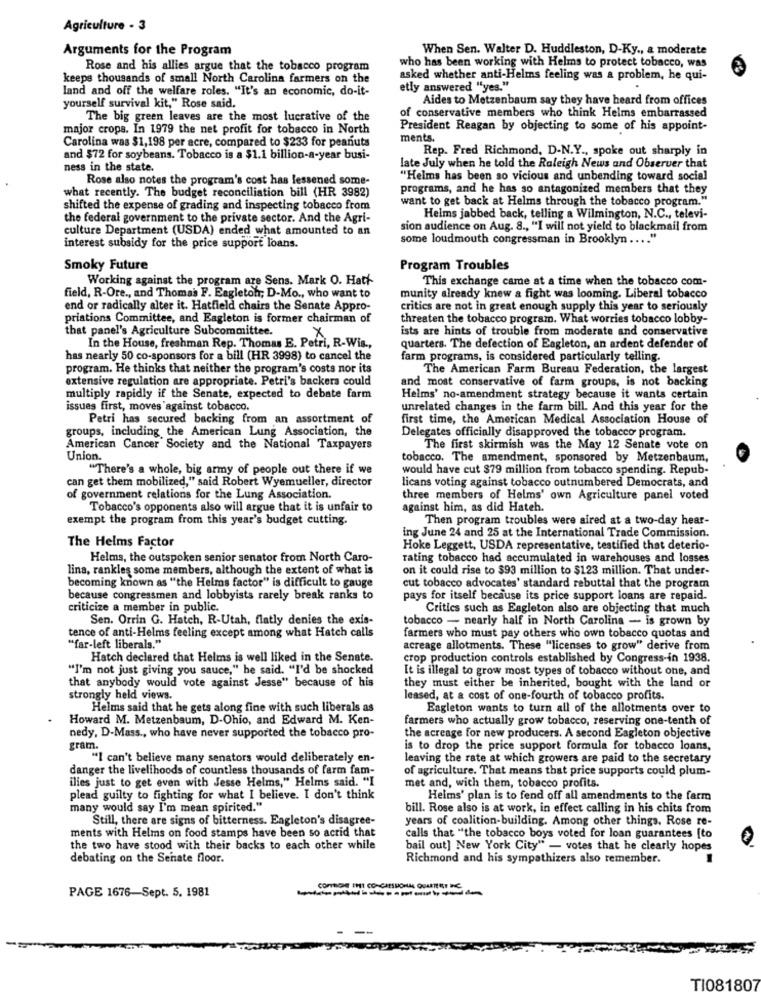
Agriculture - 3
Arguments for the Program
When Sen. Walter D. Huddleston, D-Ky ., a moderate
who has been working with Helms to protect tobacco, was
Rose and his allies argue that the tobacco program
keeps thousands of small North Carolina farmers on the
asked whether anti-Helms feeling was a problem, he qui-
land and off the welfare roles. "It's an economic, do-it-
etly answered "yes."
Aides to Metzenbaum say they have heard from offices
yourself survival kit," Rose said.
The big green leaves are the most lucrative of the
of conservative members who think Helms embarrassed
major crops. In 1979 the net profit for tobacco in North
President Reagan by objecting to some of his appoint-
Carolina was $1,198 per acre, compared to $233 for peanuts
ments.
Rep. Fred Richmond, D-N.Y ., spoke out sharply in
and $72 for soybeans. Tobacco is a $1.1 billion-a-year busi-
ness in the state.
late July when he told the Raleigh News and Observer that
Rose also notes the program's cost has lessened some-
"Helms has been so vicious and unbending toward social
what recently. The budget reconciliation bill (HR 3982)
programs, and he has so antagonized members that they
want to get back at Helms through the tobacco program."
shifted the expense of grading and inspecting tobacco from
the federal government to the private sector. And the Agri-
Helms jabbed back, telling a Wilmington, N.C ., televi-
culture Department (USDA) ended what amounted to an
sion audience on Aug. 8 ., "I will not yield to blackmail from
some loudmouth congressman in Brooklyn .... "
interest subsidy for the price support loans.
Smoky Future
Program Troubles
Working against the program are Sens. Mark O. Hatt
This exchange came at a time when the tobacco com-
field, R-Ore ., and Thomas F. Eagleton; D-Mo ., who want to
munity already knew a fight was looming. Liberal tobacco
end or radically alter it. Hatfield chairs the Senate Appro-
critics are not in great enough supply this year to seriously
priations Committee, and Eagleton is former chairman of
threaten the tobacco program. What worries tobacco lobby-
that panel's Agriculture Subcommittee.
ists are hints of trouble from moderate and conservative
.X
In the House, freshman Rep. Thomas E. Petri, R-Wis .,
quarters. The defection of Eagleton, an ardent defender of
has nearly 50 co-sponsors for a bill (HR 3998) to cancel the
farm programs, is considered particularly telling.
program. He thinks that neither the program's costs nor its
The American Farm Bureau Federation, the largest
extensive regulation are appropriate. Petri's backers could
and most conservative of farm groups, is not backing
multiply rapidly if the Senate, expected to debate farm
Helms' no-amendment strategy because it wants certain
issues first, moves against tobacco.
unrelated changes in the farm bill. And this year for the
Petri has secured backing from an assortment of
first time, the American Medical Association House of
groups, including the American Lung Association, the
Delegates officially disapproved the tobacco program.
American Cancer Society and the National Taxpayers
The first skirmish was the May 12 Senate vote on
Union.
tobacco. The amendment, sponsored by Metzenbaum,
"There's a whole, big army of people out there if we
would have cut $79 million from tobacco spending. Repub-
can get them mobilized," said Robert Wyemueller, director
licans voting against tobacco outnumbered Democrats, and
of government relations for the Lung Association.
three members of Helms' own Agriculture panel voted
Tobacco's opponents also will argue that it is unfair to
against him, as did Hateh.
exempt the program from this year's budget cutting.
Then program troubles were aired at a two-day hear-
The Helms Factor
ing June 24 and 25 at the International Trade Commission.
Hoke Leggett, USDA representative, testified that deterio-
Helms, the outspoken senior senator from North Caro-
rating tobacco had accumulated in warehouses and losses
lina, rankles some members, although the extent of what is
on it could rise to $93 million to $123 million. That under-
becoming known as "the Helms factor" is difficult to gauge
cut tobacco advocates' standard rebuttal that the program
because congressmen and lobbyists rarely break ranks to
pays for itself because its price support loans are repaid.
criticize a member in public.
Critics such as Eagleton also are objecting that much
Sen. Orrin G. Hatch, R-Utah, flatly denies the exis-
tobacco - nearly half in North Carolina - is grown by
tence of anti-Helms feeling except among what Hatch calls
farmers who must pay others who own tobacco quotas and
"far-left liberals."
acreage allotments. These "licenses to grow" derive from
Hatch declared that Helms is well liked in the Senate.
crop production controls established by Congress-in 1938.
"I'm not just giving you sauce," he said. "I'd be shocked
It is illegal to grow most types of tobacco without one, and
that anybody would vote against Jesse" because of his
they must either be inherited, bought with the land or
strongly held views.
leased, at a cost of one-fourth of tobacco profits.
Helms said that he gets along fine with such liberals as
Eagleton wants to turn all of the allotments over to
Howard M. Metzenbaum, D-Ohio, and Edward M. Ken-
farmers who actually grow tobacco, reserving one-tenth of
nedy, D-Mass ., who have never supported the tobacco pro-
the acreage for new producers. A second Eagleton objective
gram.
is to drop the price support formula for tobacco loans,
"I can't believe many senators would deliberately en-
leaving the rate at which growers are paid to the secretary
danger the livelihoods of countless thousands of farm fam-
of agriculture. That means that price supports could plum-
ilies just to get even with Jesse Helms," Helms said. "I
met and, with them, tobacco profits.
plead guilty to fighting for what I believe. I don't think
Heims' plan is to fend off all amendments to the farm
many would say I'm mean spirited."
bill. Rose also is at work, in effect calling in his chits from
Still, there are signs of bitterness. Eagleton's disagree-
years of coalition-building. Among other things. Rose re-
ments with Helms on food stamps have been so acrid that
calls that "the tobacco boys voted for loan guarantees [to
the two have stood with their backs to each other while
bail out] New York City" _ votes that he clearly hopes
debating on the Senate floor.
Richmond and his sympathizers also remember.
PAGE 1676-Sept. 5. 1981
CONTIENE THI CONGRESSIONAL QUITEEINE
TI081807